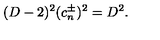
( D - 2 ) ^ { 2 } ( c _ { n } ^ { \pm } ) ^ { 2 } = D ^ { 2 } .